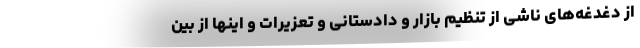
از دغدغه‌های ناشی از تنظیم بازار و دادستانی و تعزیرات و اینها از بین